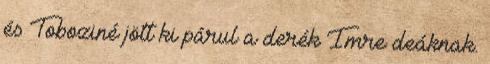
és Toboziné jött ki párul a derék Imre deáknak.